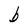
Character: b